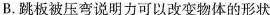
B.跳板被压弯说明力可以改变物体的形状